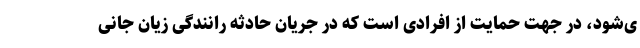
ی‌شود، در جهت حمایت از افرادی است که در جریان حادثه رانندگی زیان جانی